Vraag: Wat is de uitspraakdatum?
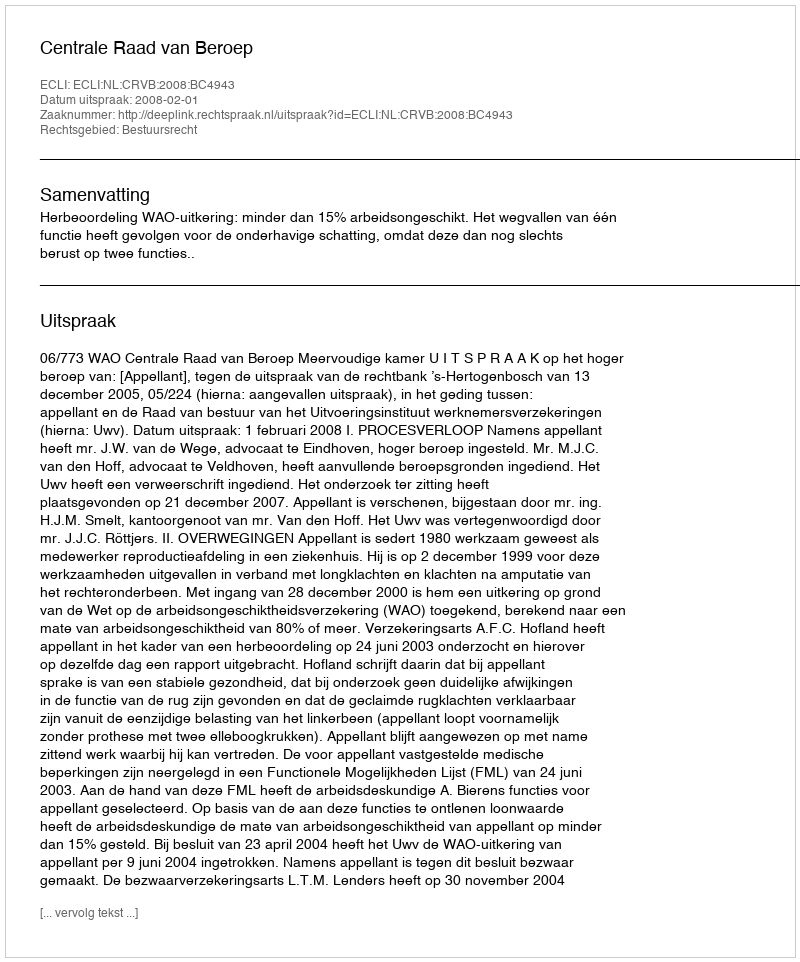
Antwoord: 2008-02-01